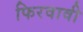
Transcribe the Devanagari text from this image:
फिरवावी